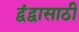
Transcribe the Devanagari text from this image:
द्वंद्वासाठी